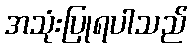
အသုံးပြုရပါသည်